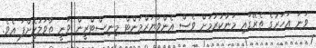
ވަނަ އަހަރުގެ ތެރޭގައި މަނާކުރުމަށް ވެސް އެންވަޔަރްމަންޓް މިނިސްޓްރީން ވަނީ ތާވަލުކޮށްފަ އެވެ.